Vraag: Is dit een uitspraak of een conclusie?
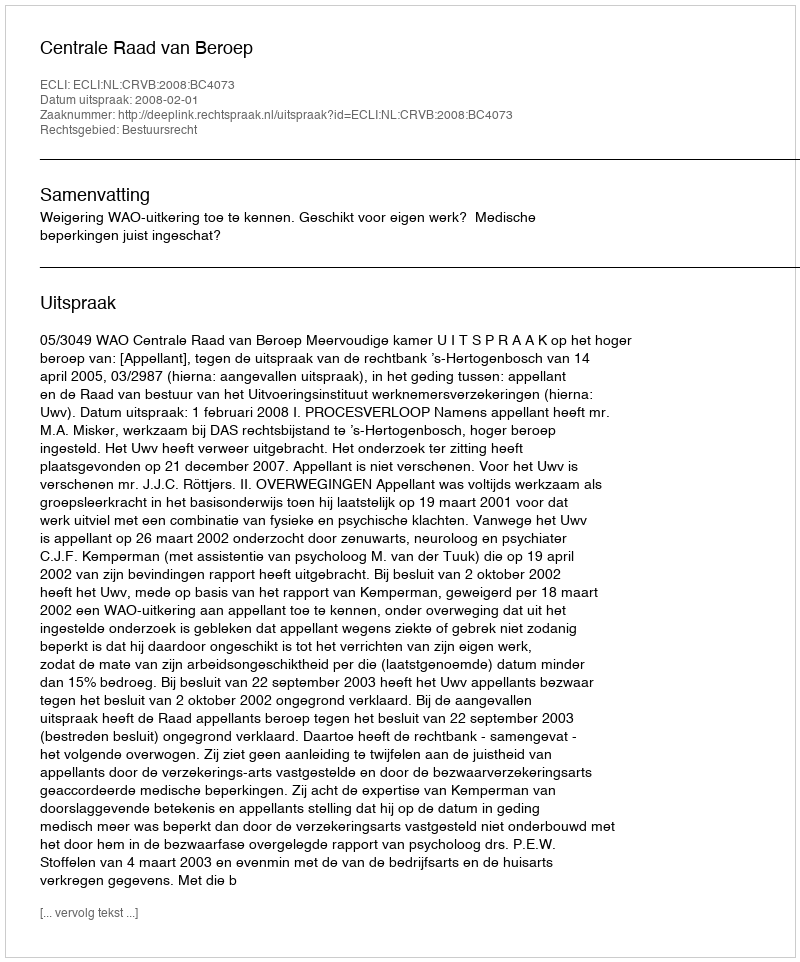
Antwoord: Uitspraak